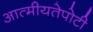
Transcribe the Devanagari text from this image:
आत्मीयतेपोटी